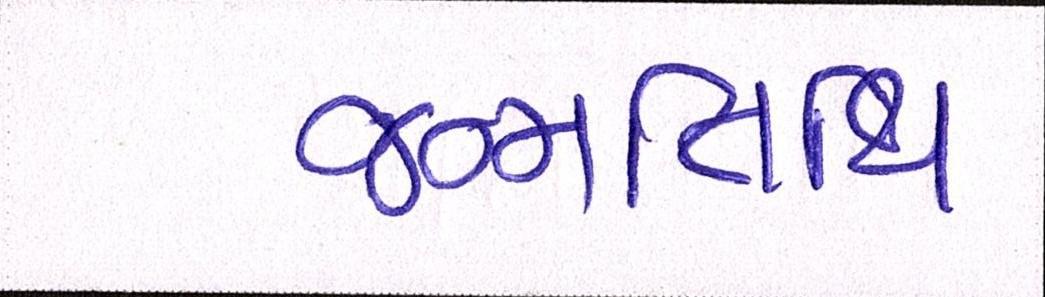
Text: જન્મતિથિ